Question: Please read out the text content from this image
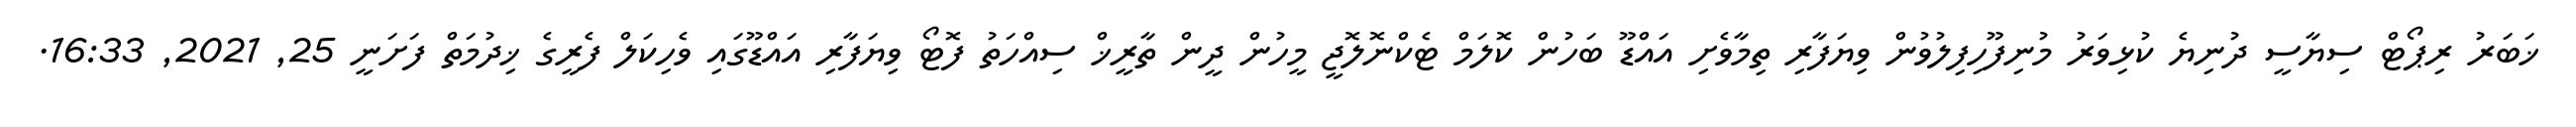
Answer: ޚަބަރު ރިޕޯޓް ސިޔާސީ ދުނިޔެ ކުޅިވަރު މުނިފޫހިފިލުވުން ވިޔަފާރި ތިމާވެށި އައްޑޫ ބަހުން ކޮލަމް ޓެކްނޮލޮޖީ މީހުން ދީން ތާރީޚް ސިއްހަތު ފޮޓޯ ވިޔަފާރި އައްޑޫގައި ވެހިކަލް ފެރީގެ ޚިދުމަތް ފަށަނީ 25, 2021, 16:33.